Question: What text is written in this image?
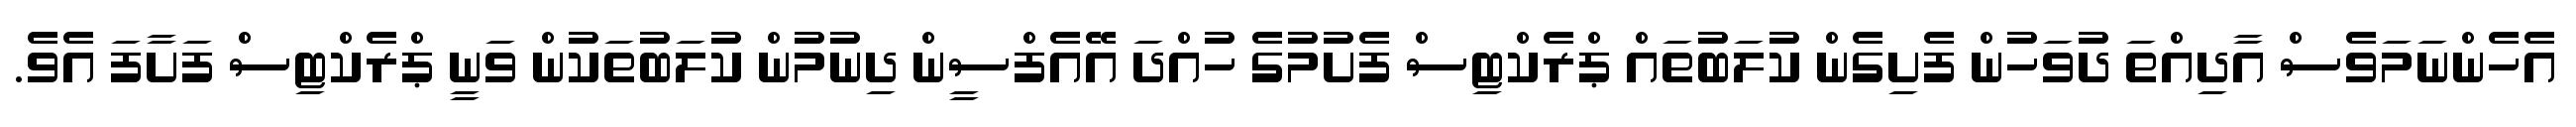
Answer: އެހެންނަމަވެސް އާދިއްތަ ދުވަހުން ފެށިގެން ކުލަބުތައް ޕްރެކްޓިސް ފެށުމުގެ ހުއްދަ އޭއެފްސީން ދިނުމުން ކުލަބުތަކުން ވަނީ ޕްރެކްޓިސް ފަށާފަ އެވެ.